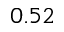
0 . 5 2